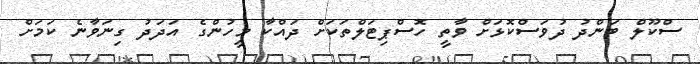
ސްކޫލް ބަންދު ދުވަސްކޮޅަށް ވާތީ ހޮސްޕިޓަލްތަކަށް ދައްކާ މީހުންގެ އަދަދު ގިނަވާނެ ކަމަށް